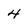
Character: 4